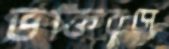
ভক্তিরসে